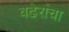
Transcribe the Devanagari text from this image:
वढेरांचा